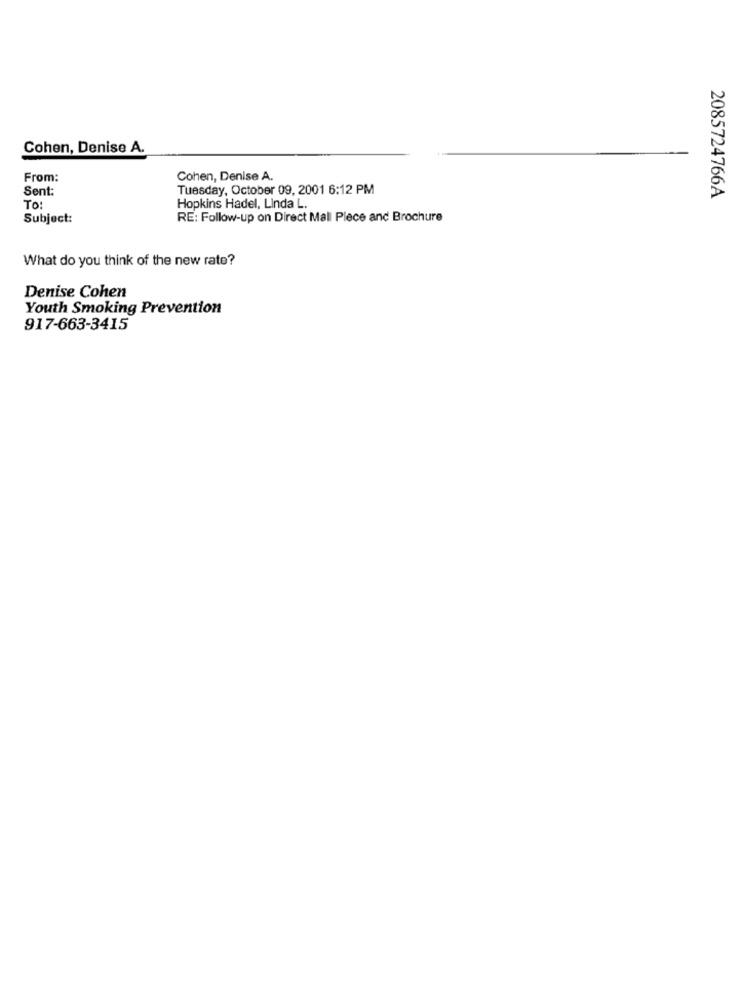
Cohen, Denise A.
From:
Cohen, Denise A.
Sent:
Tuesday, October 09, 2001 6:12 PM
2085724766A
To:
Hopkins Hadel, Linda L.
Subject:
RE: Follow-up on Direct Mall Piece and Brochure
What do you think of the new rate?
Denise Cohen
Youth Smoking Prevention
917-663-3415